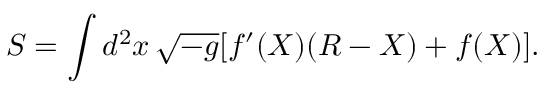
S = \int d ^ { 2 } x \, \sqrt { - g } [ f ^ { \prime } ( X ) ( R - X ) + f ( X ) ] .